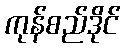
ကုန်စည်ဒိုင်